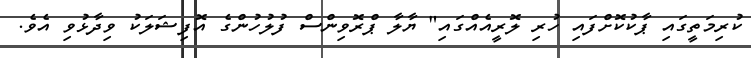
ކުރިމަތީގައި ޕާކުކޮށްފައި ހުރި ލޮރީއެއްގައި" ޔާލާ ޕްރޮވިންސް ފުލުހުންގެ އޮފިޝަލަކު ވިދާޅުވި އެވެ.